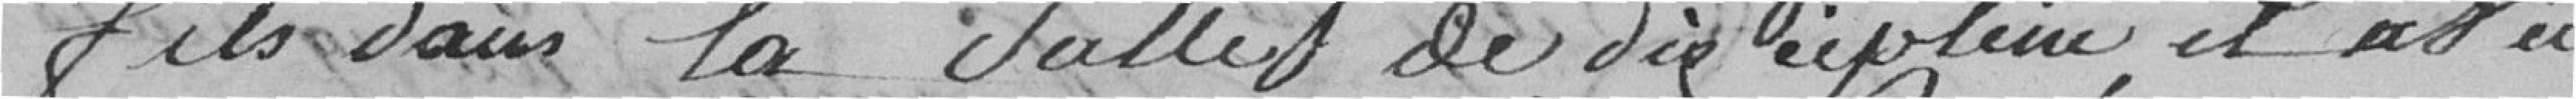
fils dans la salle de discipline, il a vu